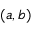
( a , b )